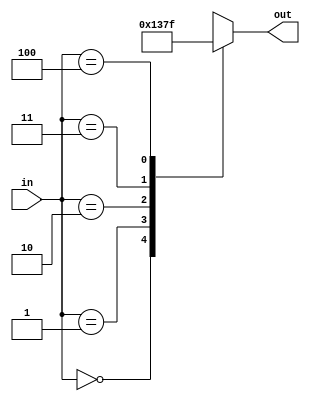
`timescale 1ns / 1ps
module Binary_to_5_TC(in,out);
    input [3:1] in;
    output reg[4:1] out;
    always @(*) begin
        case (in)
            3'o0: out = 4'b0000;
            3'o1: out = 4'b0001;
            3'o2: out = 4'b0011;
            3'o3: out = 4'b0111;
            3'o4: out = 4'b1111;
            default:out = 4'bxxxx;
        endcase
    end     
endmodule